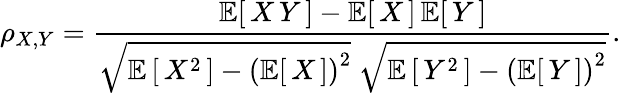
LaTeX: \rho_{X,Y}={\frac{\operatorname{\mathbb{E}}[\, X\, Y\, ]-\operatorname{\mathbb{E}}[\, X\, ]\operatorname{\mathbb{E}}[\, Y\, ]}{{\sqrt{\operatorname{\mathbb{E}}\left[\, X^{2}\, \right]-\left(\operatorname{\mathbb{E}}[\, X\, ]\right)^{2}}}~{\sqrt{\operatorname{\mathbb{E}}\left[\, Y^{2}\, \right]-\left(\operatorname{\mathbb{E}}[\, Y\, ]\right)^{2}}}}}.